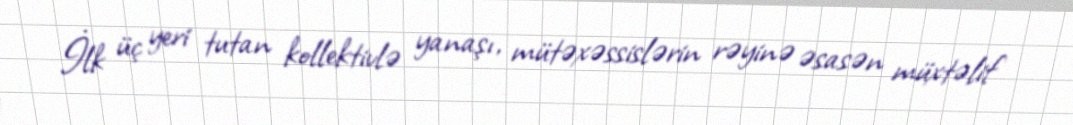
İlk üç yeri tutan kollektivlə yanaşı, mütəxəssislərin rəyinə əsasən müxtəlif